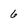
Character: 6